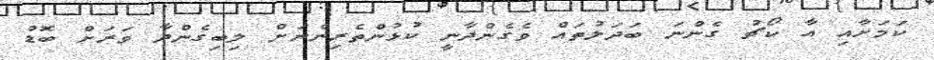
ކަމަށާއި އާ ކޯޗު ގެންނަ ބަދަލުތައް ވެގެންދާނީ ކުޅުންތެރިންނަށް ލިބިގެންދާ ވަރަށް ބޮޑު